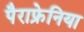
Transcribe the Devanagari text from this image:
पैराफ्रेनिया